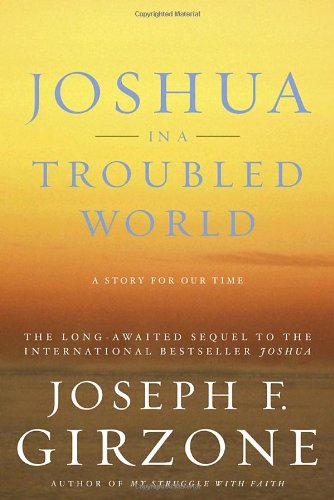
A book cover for Joshua in a Troubled World: A Story for Our Time; Joseph F. Girzone; Christian Books & Bibles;